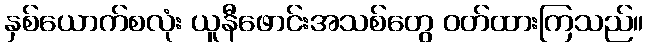
နှစ်ယောက်စလုံး ယူနီဖောင်းအသစ်တွေ ဝတ်ထားကြသည်။